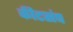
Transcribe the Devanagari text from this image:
कीटसंघ